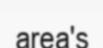
area's